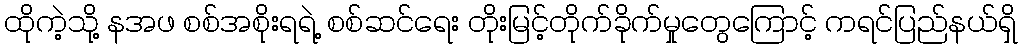
ထိုကဲ့သို့ နအဖ စစ်အစိုးရရဲ့ စစ်ဆင်ရေး တိုးမြင့်တိုက်ခိုက်မှုတွေကြောင့် ကရင်ပြည်နယ်ရှိ